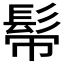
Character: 𩬒